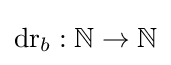
\operatorname {dr} _{b}:\mathbb {N} \rightarrow \mathbb {N}